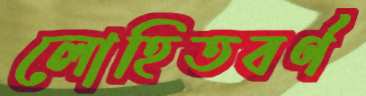
লোহিতবর্ণ